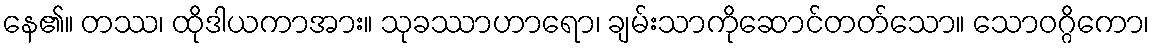
နေ၏။ တဿ၊ ထိုဒါယကာအား။ သုခဿာဟာရော၊ ချမ်းသာကိုဆောင်တတ်သော။ သောဝဂ္ဂိကော၊